Indian Medical Review
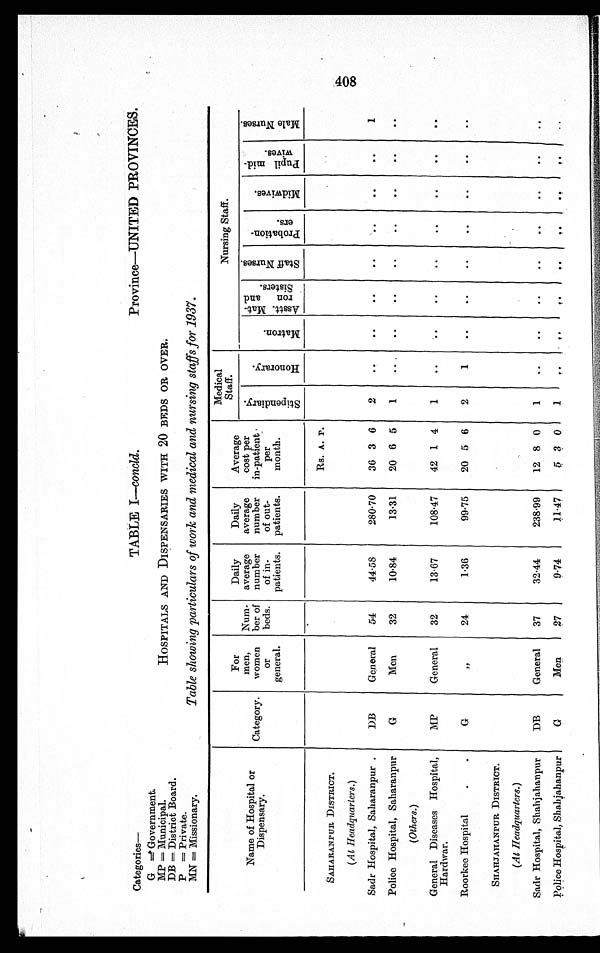
Categories—TABLE I —concld.
Province—UNITED PROVINCES.
G=Government.
MP = Municipal.HOSPITALS AND DISPENSARIES WITH 20 BEDS OR OVER.
DB=District Board.
P=Private.
MN=Missionary.
Table showing particulars of work and medical and nursing staffs for 1937.
Name of Hospital or
Dispensary.
Category.
For
men,
women
or
general.
Num-
ber of
beds.
Daily
average
number
of in-
patients.
Daily
average
number
of out-
patients.
Average
cost per
in-patient
per
month.
Medical S t a f f .
Nursing Staff.
S t i p e n d i a r y .
H o n o r a r y .
M a t r o n .
A s s t . M a t -
r o n a n d S i s t e r s .
S t a f f N u r s e s .
P r o b a t i o n -
e r s .
M i d w i v e s .
P u p i l m i d w i v e s .
M a l e N u r s e s .
Rs. A. P.
SAHARANPUR DISTRICT.
(At Headquarters.)
Sadr Hospital, Saharanpur .
DB
G e n e r a l 54
44.58
280.70 36 3 6 2
1
Police Hospital, Saharanpur
G
Men
32
10.84
13.31 20 6 5 1
(Others.)
General Diseases Hospital,
MP
General 32
13.67
108.47 42 1 4 1
Hardwar.
Roorkee Hospital
G
" 24
1.36
99.75 20 5 6 2
1
SHAHJAHANPUR DISTRICT.
(At Headquarters.)
Sadr Hospital, Shahjahanpur
DB
General 37
32.44
238.99 12 8 0 1
Police Hospital, Shahjahanpur
G
Men
27
9.74
11.47
5 3 1
O 00